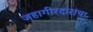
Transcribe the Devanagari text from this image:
जहागीरदारांचा